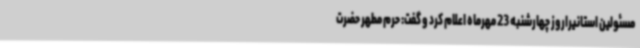
مسئولین استانیراروز چهارشنبه 23 مهرماه اعلام کرد و گفت: حرم مطهر حضرت